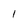
Character: 1